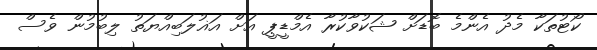
ކޯޓުތަކާ މެދު އެންމެ ބޮޑަށް ޝަކުވާކުރާ އެމްޑީޕީ އަށް އަޣުލަބިއްޔަތު ލިބުމުން ވެސް